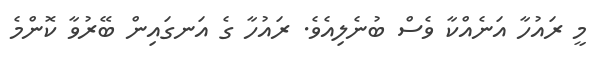
މީ ރައުހާ އަނެއްކާ ވެސް ބުނެލިއެވެ. ރައުހާ ގެ އަނގައިން ބޭރުވާ ކޮންމެ